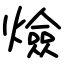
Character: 㷿